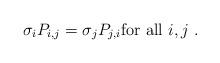
LaTeX: \begin{align*}\sigma_i P_{i,j} = \sigma_j P_{j,i} {\rm for\ all}\ i,j\ .\end{align*}